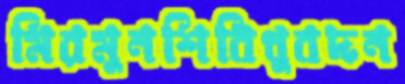
মিরমুনশিবিধুবদন